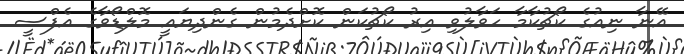
އޭނާ ނިއުގެ ކޯޗުކާމާ ހަވާލުވި އިރު ކޯޗުކަން ކޮށްދެމުން ގެންދިޔައީ މޮލްޑޯވާގެ އެފްސީ